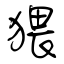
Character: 猥